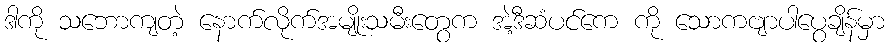
ဒါကို သဘောကျတဲ့ နောက်လိုက်အမျိုးသမီးတွေက အဲ့ဒီဆံပင်ကေ ကို သောကဗျာပါပွေချိန်မှာ